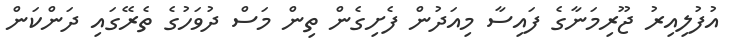
އުފުލިއިރު ޖޫރިމަނާގެ ފައިސާ މިއަދުން ފެށިގެން ތިން މަސް ދުވަހުގެ ތެރޭގައި ދަންކަން